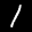
Label: 1